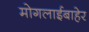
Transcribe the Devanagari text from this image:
मोगलाईबाहेर